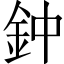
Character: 鈡